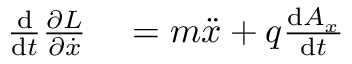
\begin{array} { r l } { { \frac { \mathrm { d } } { \mathrm { d } t } } { \frac { \partial L } { \partial { \dot { x } } } } } & { { } = m { \ddot { x } } + q { \frac { \mathrm { d } A _ { x } } { \mathrm { d } t } } } \end{array}